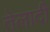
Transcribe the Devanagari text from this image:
तेलादी